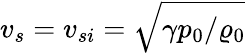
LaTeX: v_{s}=v_{si}=\sqrt{\gamma p_{0}/\varrho_{0}}